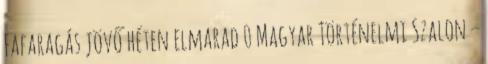
Fafaragás jövő héten elmarad 0 Magyar Történelmi Szalon –